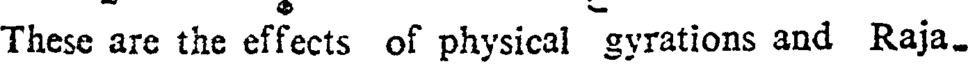
These are the effects of physical gyrations and Raja.